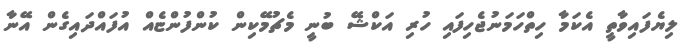
ލިޔެފައިވާތީ އެކަމާ ހިތްހަމަނުޖެހިފައި ހުރި އަކްޝޭ ބުނީ މެޗުމޭކިން ކުންފުންޏެއް އުފައްދައިގެން އޭނާ